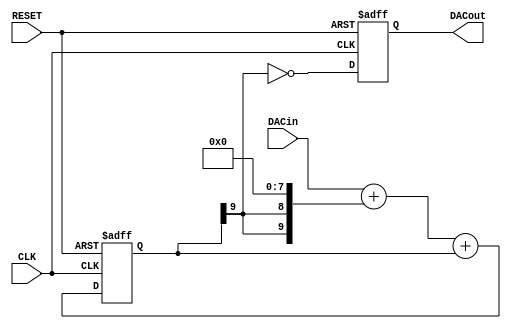
// This program was cloned from: https://github.com/atrac17/Toaplan2
// License: GNU General Public License v3.0

//
// PWM DAC
//
// MSBI is the highest bit number. NOT amount of bits!
//
module sigma_delta_dac #(parameter MSBI=7, parameter INV=1'b1)
(
   output reg      DACout, //Average Output feeding analog lowpass
   input  [MSBI:0] DACin,  //DAC input (excess 2**MSBI)
   input           CLK,
   input           RESET
);

reg [MSBI+2:0] DeltaAdder; //Output of Delta Adder
reg [MSBI+2:0] SigmaAdder; //Output of Sigma Adder
reg [MSBI+2:0] SigmaLatch; //Latches output of Sigma Adder
reg [MSBI+2:0] DeltaB;     //B input of Delta Adder

always @(*) DeltaB = {SigmaLatch[MSBI+2], SigmaLatch[MSBI+2]} << (MSBI+1);
always @(*) DeltaAdder = DACin + DeltaB;
always @(*) SigmaAdder = DeltaAdder + SigmaLatch;

always @(posedge CLK or posedge RESET) begin
   if(RESET) begin
      SigmaLatch <= 1'b1 << (MSBI+1);
      DACout <= INV;
   end else begin
      SigmaLatch <= SigmaAdder;
      DACout <= SigmaLatch[MSBI+2] ^ INV;
   end
end

endmodule